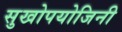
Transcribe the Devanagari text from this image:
सुखोपयोजिनी